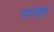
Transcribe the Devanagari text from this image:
राधेची